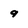
Character: 9